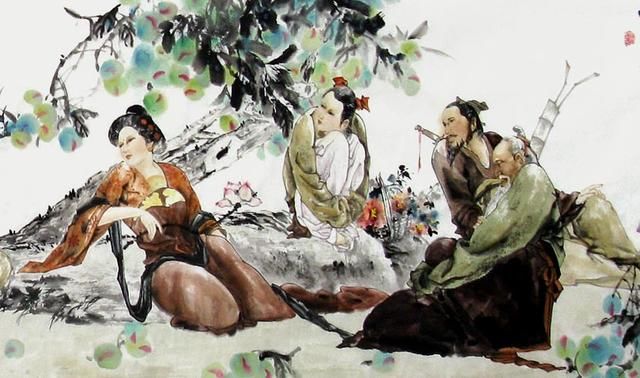
爱人利人者，天必福之恶人贼人者，天必祸之。